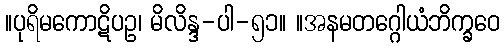
။ပုရိမကောဋိပဥ၊ မိလိန္ဒ-ပါ-၅၁။ ။အနမတဂ္ဂေါယံဘိက္ခဝေ